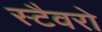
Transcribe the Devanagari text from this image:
स्टैवरो